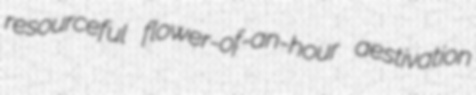
resourceful flower-of-an-hour aestivation